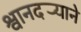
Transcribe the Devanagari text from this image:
श्वानदर्‍याने